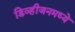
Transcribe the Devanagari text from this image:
डिव्हीजनमध्ये